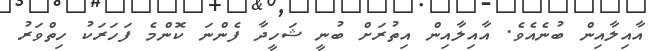
އާއިލާއިން ބުނެއެވެ. އާއިލާއިން އިތުރަށް ބުނީ ޝަހީދާ ފެންނަ ކޮންމެ ފަހަރަކު ހިތްވަރު